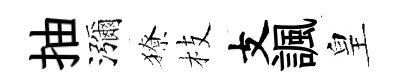
抽瀰獠枝支諷皇